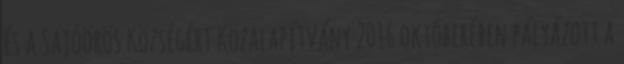
és a Sajóörös Községért Közalapítvány 2016 októberében pályázott a